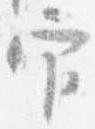
官